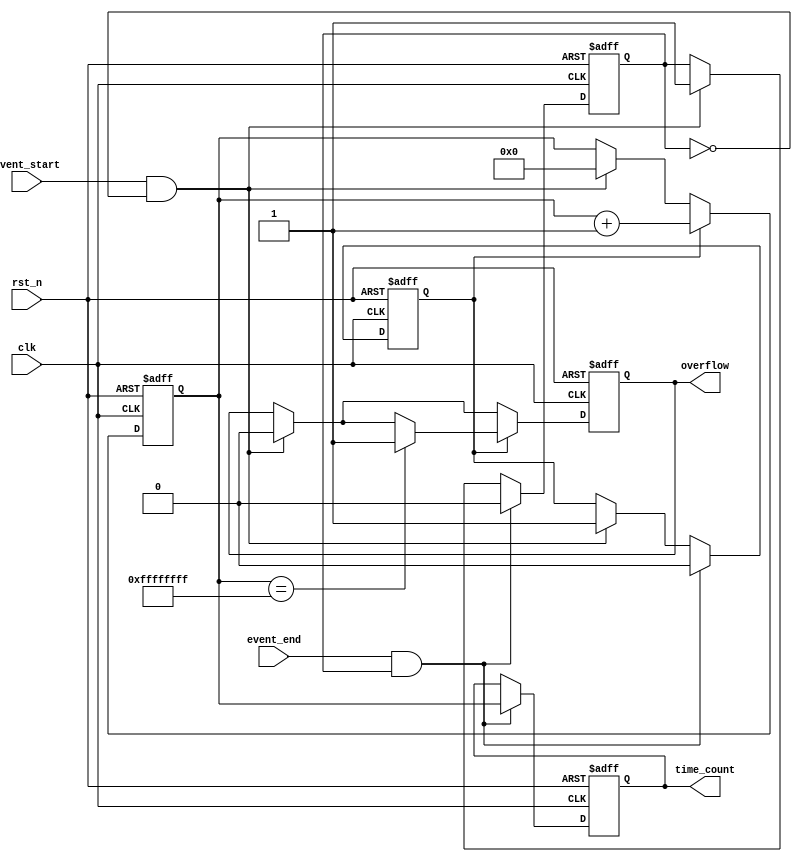
module TDC (
    input wire clk,                // High-frequency clock
    input wire rst_n,              // Active low reset
    input wire event_start,        // Start event signal
    input wire event_end,          // End event signal
    output reg [31:0] time_count,  // Output time count
    output reg overflow            // Overflow flag
);

    reg [31:0] counter;            // Counter for clock cycles
    reg counting;                  // Counting state
    reg event_start_detected;     // Flag for start event detection

    // Asynchronous reset and counter logic
    always @(posedge clk or negedge rst_n) begin
        if (!rst_n) begin
            counter <= 32'b0;
            time_count <= 32'b0;
            overflow <= 1'b0;
            counting <= 1'b0;
            event_start_detected <= 1'b0;
        end else begin
            if (event_start && !event_start_detected) begin
                // Start counting on event_start
                counting <= 1'b1;
                event_start_detected <= 1'b1; // Mark start event detected
                counter <= 32'b0; // Reset counter
                overflow <= 1'b0; // Clear overflow flag
            end
            
            if (counting) begin
                counter <= counter + 1; // Increment counter on each clock cycle
                if (counter == 32'hFFFFFFFF) begin
                    overflow <= 1'b1; // Set overflow if counter overflows
                end
            end
            
            if (event_end && event_start_detected) begin
                // Stop counting on event_end
                counting <= 1'b0;
                time_count <= counter; // Latch the counter value
                event_start_detected <= 1'b0; // Reset start event detected flag
            end
        end
    end

endmodule